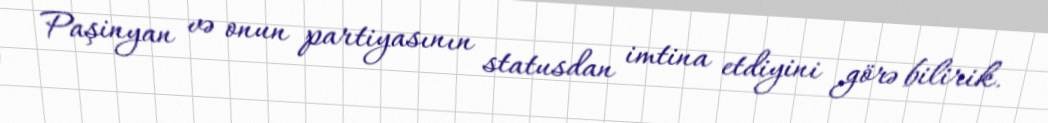
Paşinyan və onun partiyasının statusdan imtina etdiyini görə bilirik.